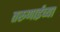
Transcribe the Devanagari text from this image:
तरुणाईच्या